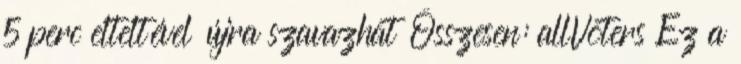
5 perc elteltével újra szavazhat Összesen: allVoters Ez a